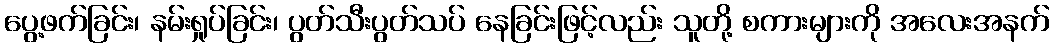
ပွေ့ဖက်ခြင်း၊ နမ်းရှုပ်ခြင်း၊ ပွတ်သီးပွတ်သပ် နေခြင်းဖြင့်လည်း သူတို့ စကားများကို အလေးအနက်